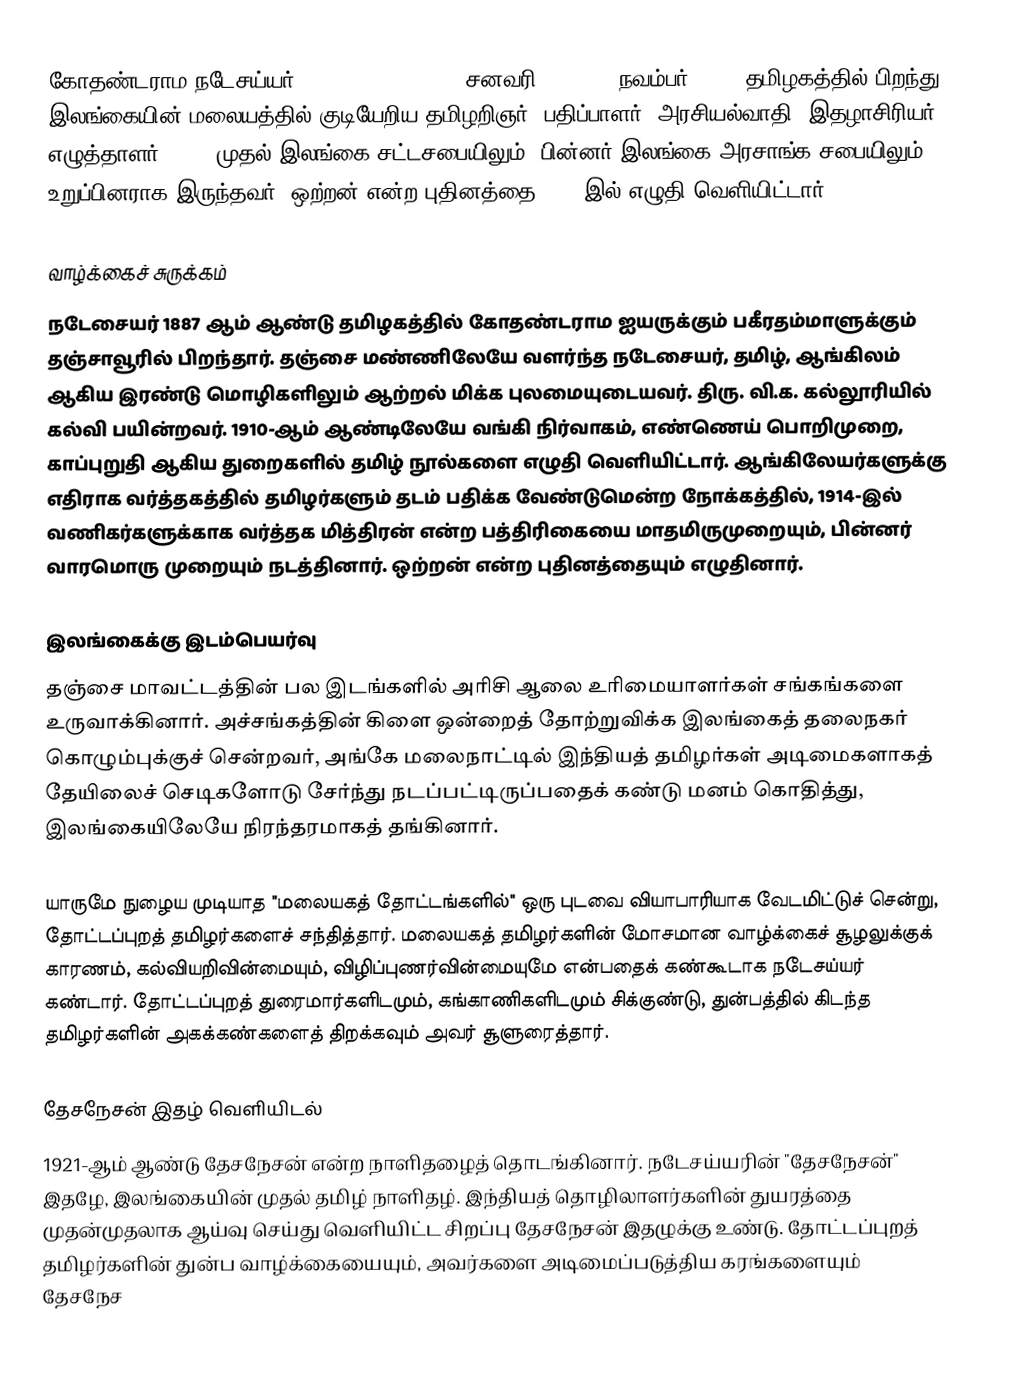
கோதண்டராம நடேசய்யர் (K. Natesa Iyer, 14 சனவரி 1887 - 7 நவம்பர் 1947) தமிழகத்தில் பிறந்து இலங்கையின் மலையத்தில் குடியேறிய தமிழறிஞர், பதிப்பாளர், அரசியல்வாதி, இதழாசிரியர், எழுத்தாளர். 1924 முதல் இலங்கை சட்டசபையிலும், பின்னர் இலங்கை அரசாங்க சபையிலும் உறுப்பினராக இருந்தவர். ஒற்றன் என்ற புதினத்தை 1915 இல் எழுதி வெளியிட்டார்.

வாழ்க்கைச் சுருக்கம்
நடேசையர் 1887 ஆம் ஆண்டு தமிழகத்தில் கோதண்டராம ஐயருக்கும் பகீரதம்மாளுக்கும் தஞ்சாவூரில் பிறந்தார். தஞ்சை மண்ணிலேயே வளர்ந்த நடேசையர், தமிழ், ஆங்கிலம் ஆகிய இரண்டு மொழிகளிலும் ஆற்றல் மிக்க புலமையுடையவர். திரு. வி.க. கல்லூரியில் கல்வி பயின்றவர். 1910-ஆம் ஆண்டிலேயே வங்கி நிர்வாகம், எண்ணெய் பொறிமுறை, காப்புறுதி ஆகிய துறைகளில் தமிழ் நூல்களை எழுதி வெளியிட்டார். ஆங்கிலேயர்களுக்கு எதிராக வர்த்தகத்தில் தமிழர்களும் தடம் பதிக்க வேண்டுமென்ற நோக்கத்தில், 1914-இல் வணிகர்களுக்காக வர்த்தக மித்திரன் என்ற பத்திரிகையை மாதமிருமுறையும், பின்னர் வாரமொரு முறையும் நடத்தினார். ஒற்றன் என்ற புதினத்தையும் எழுதினார்.

இலங்கைக்கு இடம்பெயர்வு
தஞ்சை மாவட்டத்தின் பல இடங்களில் அரிசி ஆலை உரிமையாளர்கள் சங்கங்களை உருவாக்கினார். அச்சங்கத்தின் கிளை ஒன்றைத் தோற்றுவிக்க இலங்கைத் தலைநகர் கொழும்புக்குச் சென்றவர், அங்கே மலைநாட்டில் இந்தியத் தமிழர்கள் அடிமைகளாகத் தேயிலைச் செடிகளோடு சேர்ந்து நடப்பட்டிருப்பதைக் கண்டு மனம் கொதித்து, இலங்கையிலேயே நிரந்தரமாகத் தங்கினார்.

யாருமே நுழைய முடியாத "மலையகத் தோட்டங்களில்" ஒரு புடவை வியாபாரியாக வேடமிட்டுச் சென்று, தோட்டப்புறத் தமிழர்களைச் சந்தித்தார். மலையகத் தமிழர்களின் மோசமான வாழ்க்கைச் சூழலுக்குக் காரணம், கல்வியறிவின்மையும், விழிப்புணர்வின்மையுமே என்பதைக் கண்கூடாக நடேசய்யர் கண்டார். தோட்டப்புறத் துரைமார்களிடமும், கங்காணிகளிடமும் சிக்குண்டு, துன்பத்தில் கிடந்த தமிழர்களின் அகக்கண்களைத் திறக்கவும் அவர் சூளுரைத்தார்.

தேசநேசன் இதழ் வெளியிடல்
1921-ஆம் ஆண்டு தேசநேசன் என்ற நாளிதழைத் தொடங்கினார். நடேசய்யரின் "தேசநேசன்" இதழே, இலங்கையின் முதல் தமிழ் நாளிதழ். இந்தியத் தொழிலாளர்களின் துயரத்தை முதன்முதலாக ஆய்வு செய்து வெளியிட்ட சிறப்பு தேசநேசன் இதழுக்கு உண்டு. தோட்டப்புறத் தமிழர்களின் துன்ப வாழ்க்கையையும், அவர்களை அடிமைப்படுத்திய கரங்களையும் தேசநேச